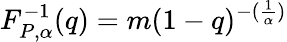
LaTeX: F_{P,\alpha}^{-1}(q)=m(1-q)^{-(\frac{1}{\alpha})}